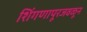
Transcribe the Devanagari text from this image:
शिंगणापूरजवळून